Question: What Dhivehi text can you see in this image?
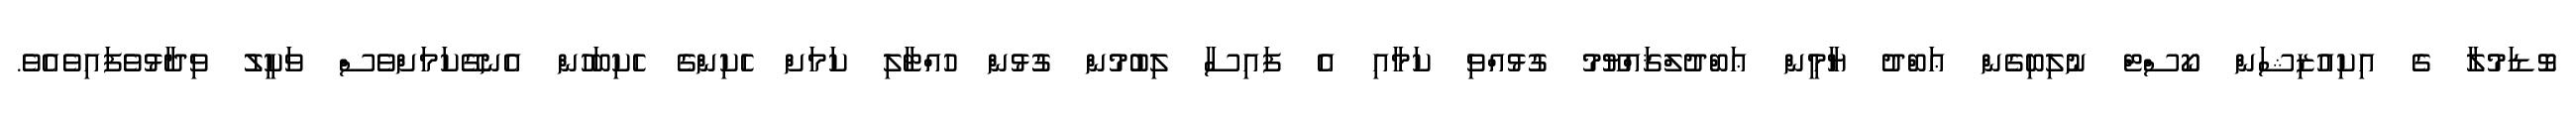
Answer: ވޮޑަމުލާ ގެ އިކިއުޒިޝަން ކޯސްޓް ނުލިބިގެން ޢަބްދު ޔާމީން ޢަބްދުލްޤައްޔޫމު ގުޅުއްވި ކަމާއި އެ ފައިސާ ލިބުމުން ގުޅުން ހުއްޓާލި ކަމަށް ހެކިންގެ ހެކިބަހުން އެނގޭކަމަށްވެސް ވަކީލު ވިދާޅުވެފައިވެއެވެ.